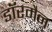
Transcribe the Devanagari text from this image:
डॉरमैन